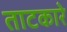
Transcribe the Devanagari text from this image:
ताटकारे